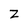
Character: z